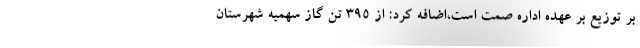
بر توزیع بر عهده اداره صمت است،اضافه کرد: از ۳۹۵ تن گاز سهمیه شهرستان